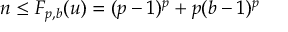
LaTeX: n \leq F _ { p , b } ( u ) = ( p - 1 ) ^ { p } + p ( b - 1 ) ^ { p }